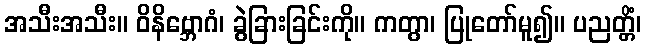
အသီးအသီး။ ဝိနိဗ္ဘောဂံ၊ ခွဲခြားခြင်းကို။ ကတွာ၊ ပြုတော်မူ၍။ ပညတ္တိံ၊